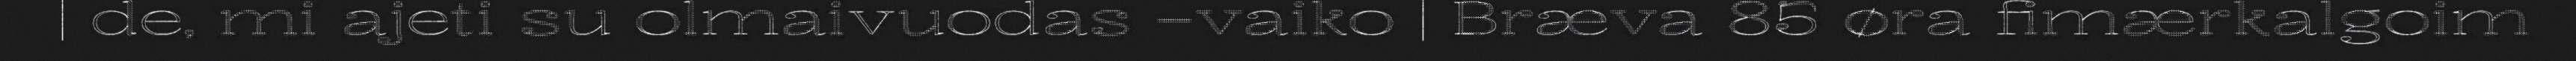
| de, mi ajeti su olmaivuodas –vaiko | Bræva 85 øra fimærkalgoim